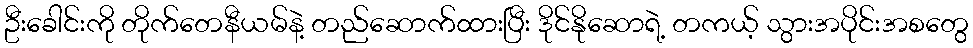
ဦးခေါင်းကို တိုက်တေနီယမ်နဲ့ တည်ဆောက်ထားပြီး ဒိုင်နိုဆောရဲ့ တကယ့် သွားအပိုင်းအစတွေ